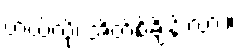
ဟယ်လို၊ အိတ်စ်ချိန်းလား။